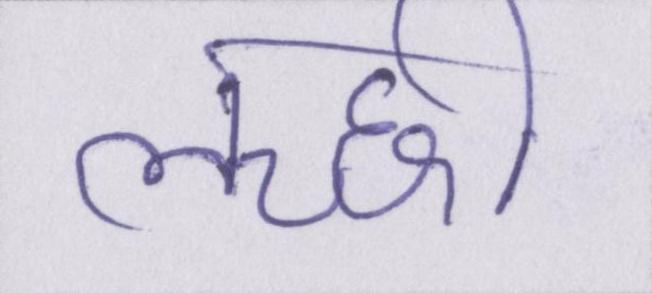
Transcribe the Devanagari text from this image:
लच्छी